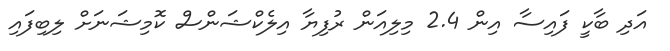
އަދި ބާކީ ފައިސާ އިން 2.4 މިލިއަން ރުފިޔާ އިލެކްޝަންސް ކޮމިޝަނަށް ލިބިފައި